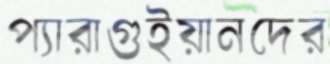
প্যারাগুইয়ানদের